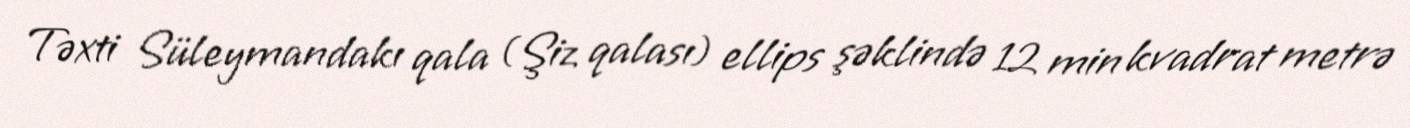
Təxti Süleymandakı qala (Şiz qalası) ellips şəklində 12 min kvadrat metrə